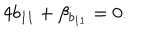
4 b _ { 1 1 } + \beta _ { b _ { 1 1 } } = 0 .